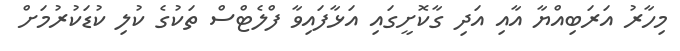
މިހާރު އަރަބިއްޔާ އާއި އަދި ގާކޮށީގައި އަޅާފައިވާ ފްލެޓްސް ތަކުގެ ކުލި ކުޑަކުރުމަށް